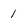
Character: 1